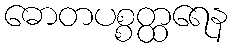
ဓောတပစ္စတ္ထရေန